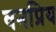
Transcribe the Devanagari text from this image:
वनप्रिय